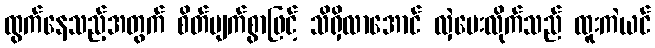
ထွက်နေသည့်အတွက် စိတ်ပျက်စွာဖြင့် သိရှိလာအောင် လှဲပေးလိုက်သည် ထူးကဲယင်